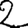
Digit: 2